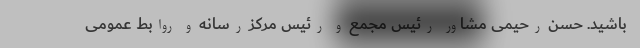
باشید. حسن رحیمی مشاور رئیس مجمع و رئیس مرکز رسانه و روابط عمومی